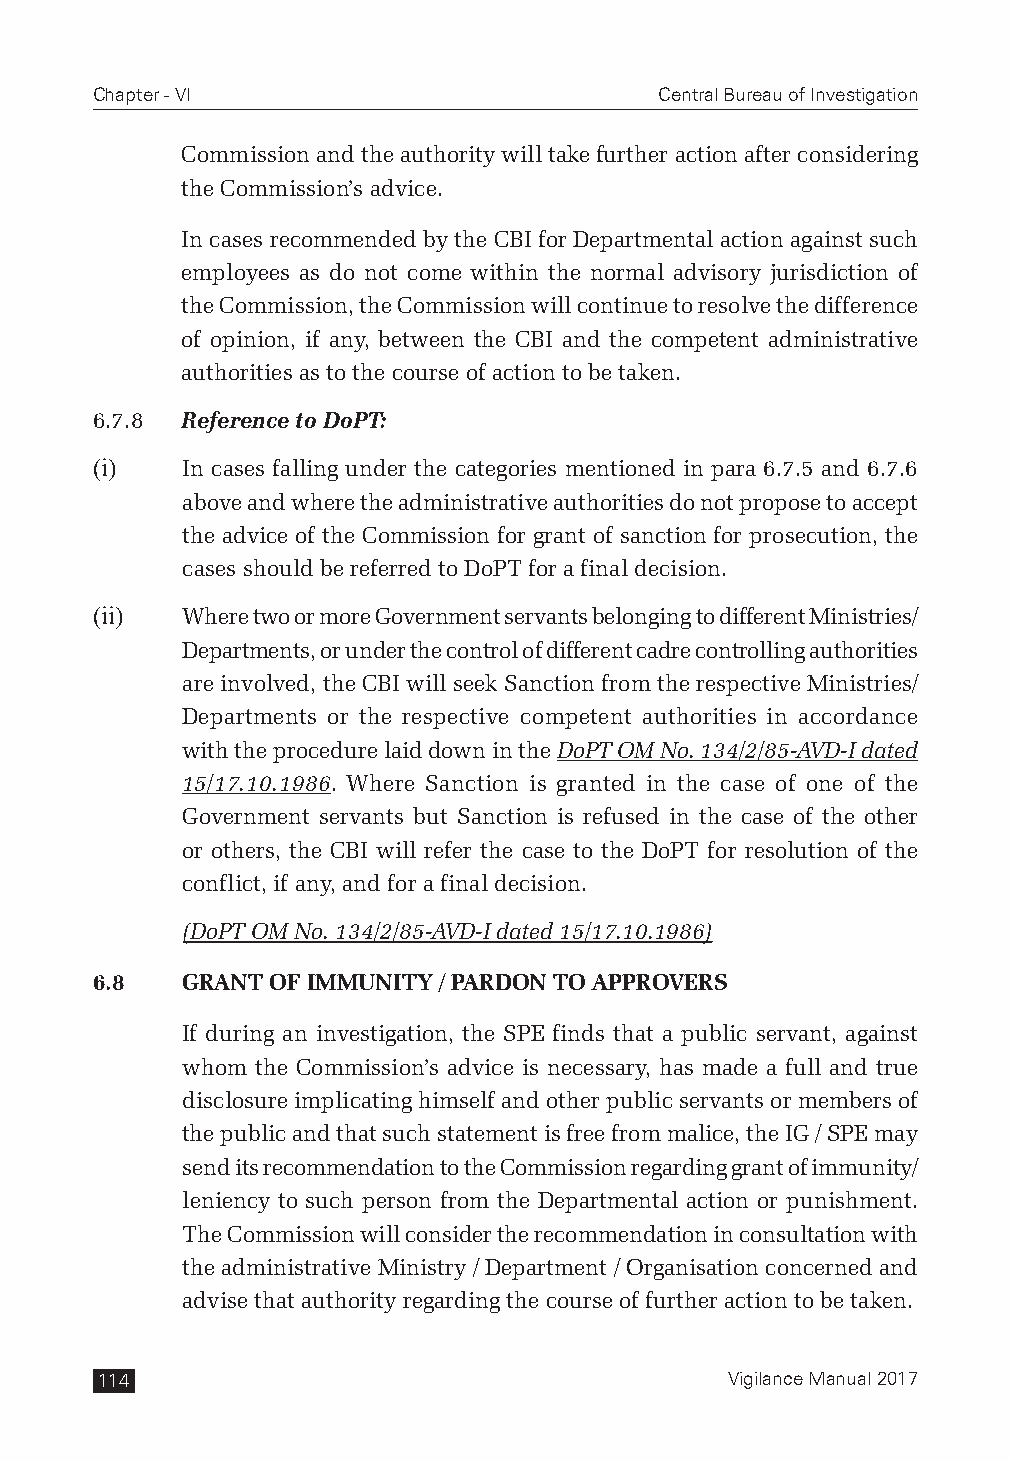
Chapter - VI                          Central Bureau of Investigation
 Commission and the authority will take further action after considering
 the Commission’s advice.
 In cases recommended by the CBI for Departmental action against such
 employees as do not come within the normal advisory jurisdiction of
 the Commission, the Commission will continue to resolve the difference
 of opinion, if any, between the CBI and the competent administrative
 authorities as to the course of action to be taken.
 6.7.8 Reference to DoPT:
 (i)   In cases falling under the categories mentioned in para 6.7.5 and 6.7.6
 above and where the administrative authorities do not propose to accept
 the advice of the Commission for grant of sanction for prosecution, the
 cases should be referred to DoPT for a final decision.
 (ii)  Where two or more Government servants belonging to different Ministries/
 Departments, or under the control of different cadre controlling authorities
 are involved, the CBI will seek Sanction from the respective Ministries/
 Departments or the respective competent authorities in accordance
 with the procedure laid down in the DoPT OM No. 134/2/85-AVD-I dated
 15/17.10.1986. Where Sanction is granted in the case of one of the
 Government servants but Sanction is refused in the case of the other
 or others, the CBI will refer the case to the DoPT for resolution of the
 conflict, if any, and for a final decision.
 (DoPT OM No. 134/2/85-AVD-I dated 15/17.10.1986)
 6.8   GRANT OF IMMUNITY / PARDON TO APPROVERS
 If during an investigation, the SPE finds that a public servant, against
 whom the Commission’s advice is necessary, has made a full and true
 disclosure implicating himself and other public servants or members of
 the public and that such statement is free from malice, the IG / SPE may
 send its recommendation to the Commission regarding grant of immunity/
 leniency to such person from the Departmental action or punishment.
 The Commission will consider the recommendation in consultation with
 the administrative Ministry / Department / Organisation concerned and
 advise that authority regarding the course of further action to be taken.
 114                                       Vigilance Manual 2017